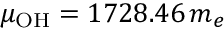
\mu _ { \mathrm { O H } } = 1 7 2 8 . 4 6 \, m _ { e }